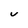
Character: U